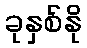
ခုနှစ်နို